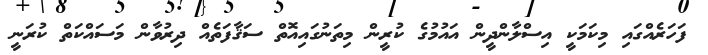
ފަހަރެއްގައި މިކަމަކީ އިސްލާންދީން އައުމުގެ ކުރީން މިތަނުގައިއޮތް ސަޤާފަތެއް ދިރުވާން މަސައްކަތް ކުރަނީ